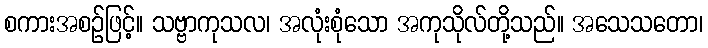
စကားအစဉ်ဖြင့်။ သဗ္ဗာကုသလ၊ အလုံးစုံသော အကုသိုလ်တို့သည်။ အသေသတော၊